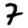
Digit: 7